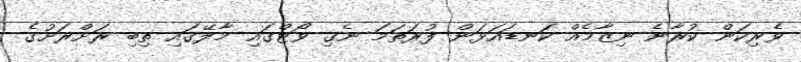
ވެރިކަން ކުރާނެ ނިޒާމެއް ކަނޑައަޅަން ފުރަތަމަ ނެގި ވޯޓްގައި މާލޭގައި ތިބި ރަށްރަށުގެ